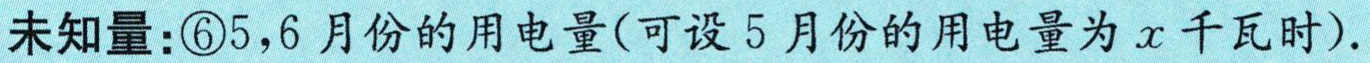
未知量：\textcircled{6}5,6月份的用电量(可设5月份的用电量为\(x\)千瓦时).